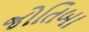
જોતિબા